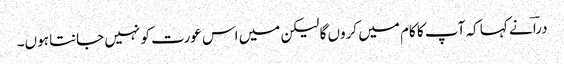
دراؔ نے کہا کہ آپ کا کام میں کروں گا لیکن میں اس عورت کو نہیں جانتا ہوں۔